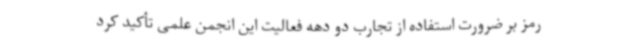
رمز بر ضرورت استفاده از تجارب دو دهه فعالیت این انجمن علمی تأکید کرد